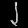
Digit: ၂